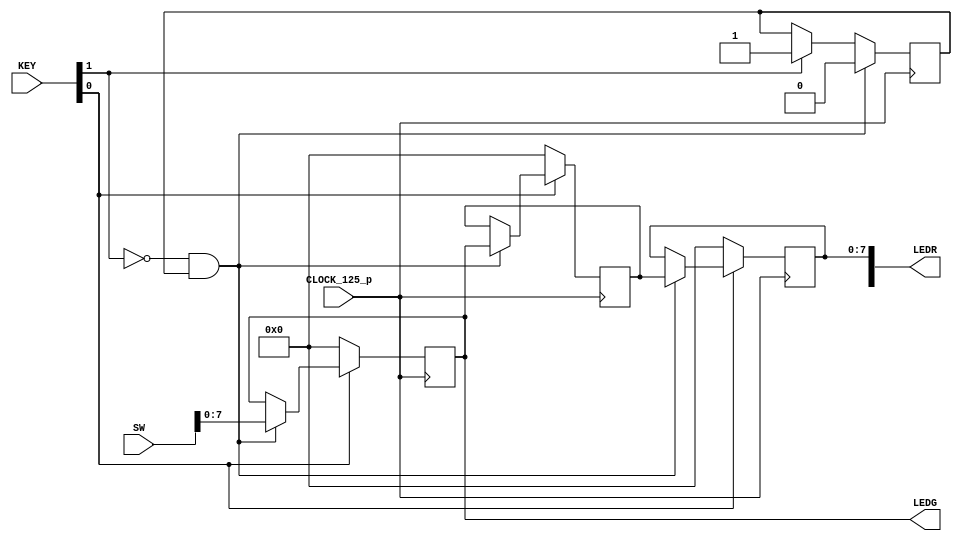
module baseline_c5gx(
     
      ///////// CLOCK /////////
      input              CLOCK_125_p, ///LVDS
  

      ///////// KEY ///////// 1.2 V ///////
      input       [3:0]  KEY,

     

      ///////// LEDR ///////// 2.5 V ///////
      output      [9:0]  LEDR,

		output		[7:0] LEDG,

      ///////// SW ///////// 1.2 V ///////
      input       [9:0]  SW);

		
	wire[7:0] data_in;
	wire clk;
	wire rst;
	wire button;
	
	assign data_in=SW[7:0];
	
	assign clk=CLOCK_125_p;
	
	assign rst = KEY[0];
	assign button = KEY[1];
	
	reg[7:0] data_out;
	
	assign LEDG = mid1;
	assign LEDR[7:0]=data_out;
	reg tmp;
	assign LEDR[9]=tmp;
	
  
  
reg[7:0] mid1, mid2;
reg first_impulse;
always@(posedge clk)
	begin
		if(!button && first_impulse) begin
			mid1 <= data_in;
			mid2 <= mid1;
			data_out <= mid2;
			first_impulse <= 0;
		end
		else if(button) first_impulse <= 1;
		if(!rst) begin
			mid1 <= 0;
			mid2 <= 0;
			data_out <= 0;
		end
	end	


endmodule